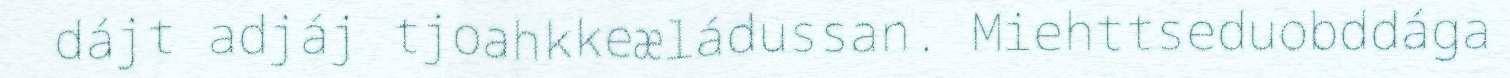
dájt adjáj tjoahkkeæládussan. Miehttseduobddága